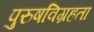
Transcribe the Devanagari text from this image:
पुरुषविग्रहता